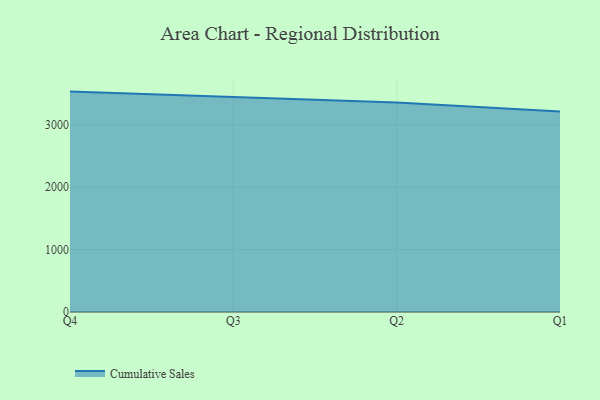
{"axis": {"x": "Quarter", "y": "Headcount"}, "legend": ["Cumulative Sales"], "data": [{"x": "Q4", "y": 3528.9, "type": "Cumulative Sales"}, {"x": "Q3", "y": 3437.2, "type": "Cumulative Sales"}, {"x": "Q2", "y": 3353.6, "type": "Cumulative Sales"}, {"x": "Q1", "y": 3211.7, "type": "Cumulative Sales"}]}